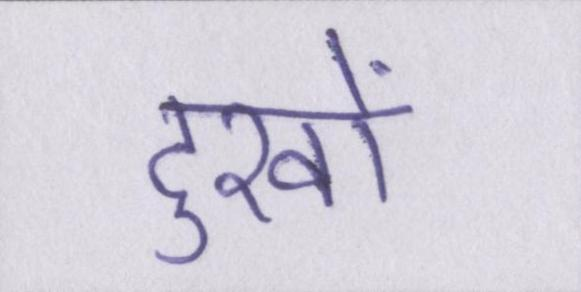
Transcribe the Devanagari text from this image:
दुखों